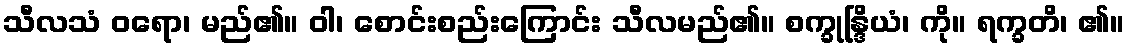
သီလသံ ဝရော၊ မည်၏။ ဝါ၊ စောင်းစည်းကြောင်း သီလမည်၏။ စက္ခုန္ဒြိယံ၊ ကို။ ရက္ခတိ၊ ၏။